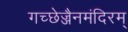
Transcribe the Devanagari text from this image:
गच्छेज्जैनमंदिरम्‌